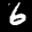
Label: 6